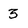
Character: 3